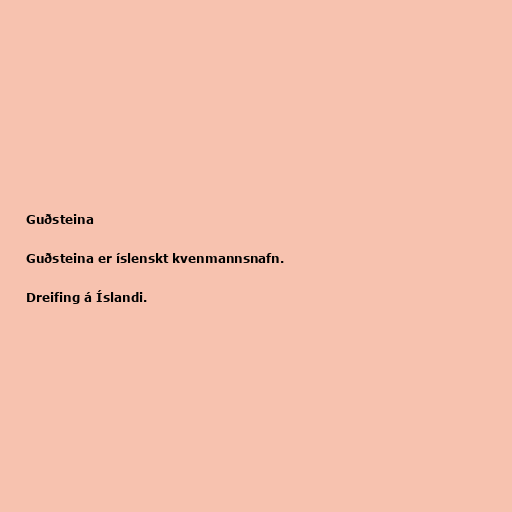
Guðsteina

Guðsteina er íslenskt kvenmannsnafn.

Dreifing á Íslandi.